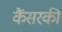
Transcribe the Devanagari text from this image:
कैंसरकी